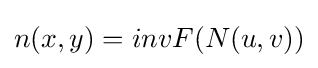
n(x,y)=invF(N(u,v))